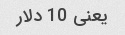
یعنی 10 دلار